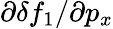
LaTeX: \partial\delta f_{1}/\partial p_{x}